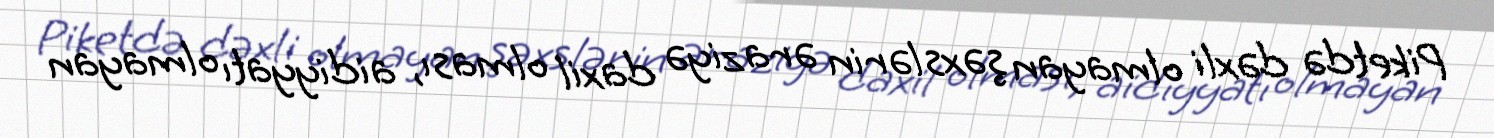
Piketdə dəxli olmayan şəxslərin əraziyə daxil olması, aidiyyatı olmayan